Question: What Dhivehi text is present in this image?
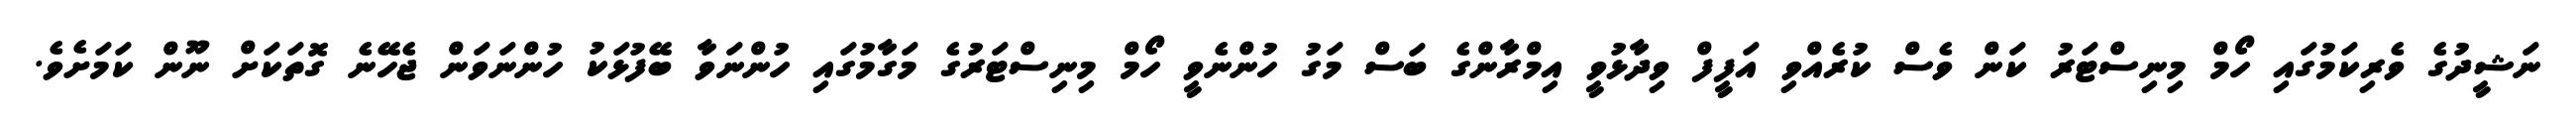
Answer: ނަޝީދުގެ ވެރިކަމުގައި ހޯމް މިނިސްޓަރު ކަން ވެސް ކުރެއްވި އަފީފް ވިދާޅުވީ އިމްރާންގެ ބަސް މަގު ހުންނެވީ ހޯމް މިނިސްޓަރުގެ މަގާމުގައި ހުންނަވާ ބޭފުޅަކު ހުންނަވަން ޖެހޭނެ ގޮތަކަށް ނޫން ކަމަށެވެ.